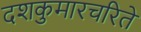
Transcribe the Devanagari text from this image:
दशकुमारचरिते